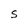
Character: S